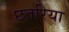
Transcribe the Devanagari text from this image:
छतरिया